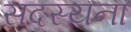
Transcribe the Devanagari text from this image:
सदस्यना